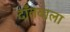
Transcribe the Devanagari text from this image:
दाँतवाला